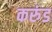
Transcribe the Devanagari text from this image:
करुंड